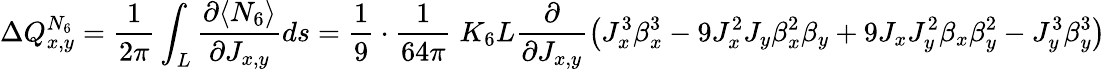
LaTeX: \Delta Q_{x,y}^{N_{6}}=\frac{1}{2\pi}\int_{L}\frac{\partial\langle N_{6}\rangle}{\partial J_{x,y}}ds=\frac{1}{9}\cdot\frac{1}{64\pi}\; K_{6}L\frac{\partial}{\partial J_{x,y}}\left(J_{x}^{3}\beta_{x}^{3}-9J_{x}^{2}J_{y}\beta_{x}^{2}\beta_{y}+9J_{x}J_{y}^{2}\beta_{x}\beta_{y}^{2}-J_{y}^{3}\beta_{y}^{3}\right)